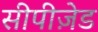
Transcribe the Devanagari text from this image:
सीपीज़ेड